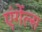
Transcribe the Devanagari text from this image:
एंगेंल्स